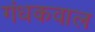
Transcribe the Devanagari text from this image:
गंधकवाल